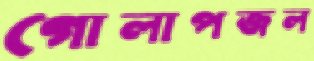
গোলাপজল